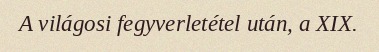
A világosi fegyverletétel után, a XIX.